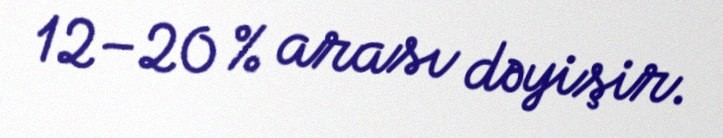
12–20 % arası dəyişir.